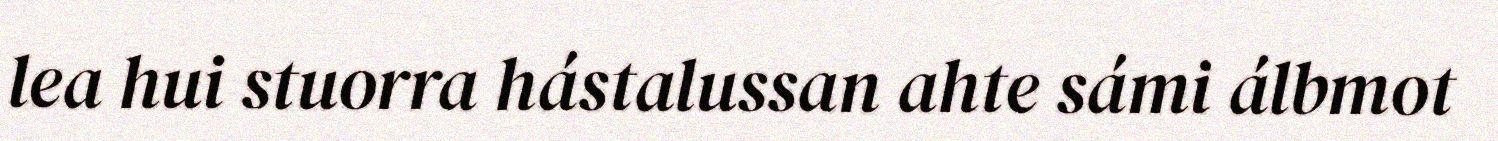
lea hui stuorra hástalussan ahte sámi álbmot